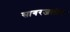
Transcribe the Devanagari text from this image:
सागरजलीय